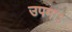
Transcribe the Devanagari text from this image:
उपमाऽ